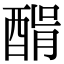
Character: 𨡠